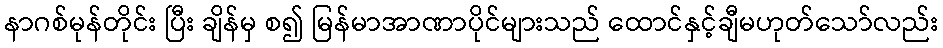
နာဂစ်မုန်တိုင်း ပြီး ချိန်မှ စ၍ မြန်မာအာဏာပိုင်များသည် ထောင်နှင့်ချီမဟုတ်သော်လည်း